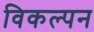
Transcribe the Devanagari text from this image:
विकल्पन